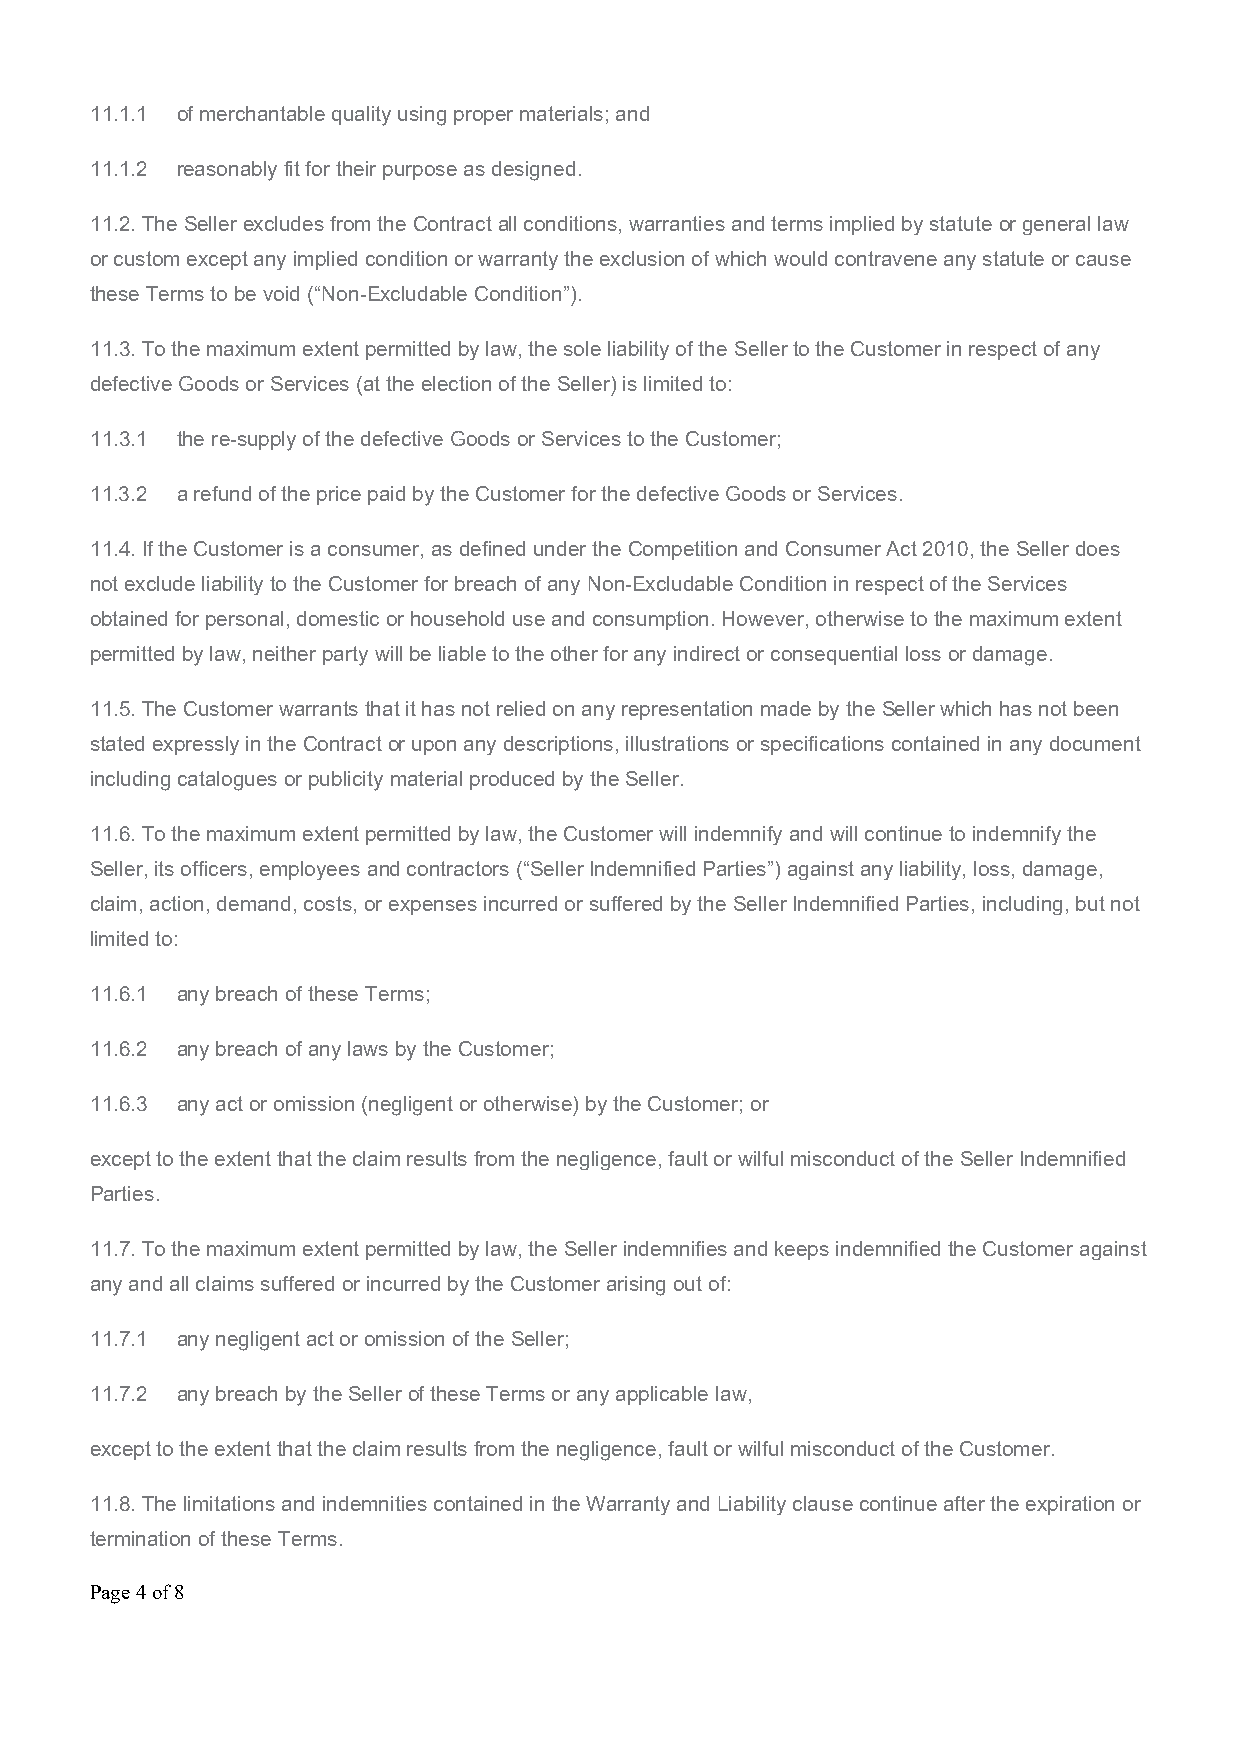
11.1.1 of merchantable quality using proper materials; and
 11.1.2 reasonably fit for their purpose as designed.
 11.2. The Seller excludes from the Contract all conditions, warranties and terms implied by statute or general law
 or custom except any implied condition or warranty the exclusion of which would contravene any statute or cause
 these Terms to be void (“Non-Excludable Condition”).
 11.3. To the maximum extent permitted by law, the sole liability of the Seller to the Customer in respect of any
 defective Goods or Services (at the election of the Seller) is limited to:
 11.3.1 the re-supply of the defective Goods or Services to the Customer;
 11.3.2 a refund of the price paid by the Customer for the defective Goods or Services.
 11.4. If the Customer is a consumer, as defined under the Competition and Consumer Act 2010, the Seller does
 not exclude liability to the Customer for breach of any Non-Excludable Condition in respect of the Services
 obtained for personal, domestic or household use and consumption. However, otherwise to the maximum extent
 permitted by law, neither party will be liable to the other for any indirect or consequential loss or damage.
 11.5. The Customer warrants that it has not relied on any representation made by the Seller which has not been
 stated expressly in the Contract or upon any descriptions, illustrations or specifications contained in any document
 including catalogues or publicity material produced by the Seller.
 11.6. To the maximum extent permitted by law, the Customer will indemnify and will continue to indemnify the
 Seller, its officers, employees and contractors (“Seller Indemnified Parties”) against any liability, loss, damage,
 claim, action, demand, costs, or expenses incurred or suffered by the Seller Indemnified Parties, including, but not
 limited to:
 11.6.1 any breach of these Terms;
 11.6.2 any breach of any laws by the Customer;
 11.6.3 any act or omission (negligent or otherwise) by the Customer; or
 except to the extent that the claim results from the negligence, fault or wilful misconduct of the Seller Indemnified
 Parties.
 11.7. To the maximum extent permitted by law, the Seller indemnifies and keeps indemnified the Customer against
 any and all claims suffered or incurred by the Customer arising out of:
 11.7.1 any negligent act or omission of the Seller;
 11.7.2 any breach by the Seller of these Terms or any applicable law,
 except to the extent that the claim results from the negligence, fault or wilful misconduct of the Customer.
 11.8. The limitations and indemnities contained in the Warranty and Liability clause continue after the expiration or
 termination of these Terms.
 Page 4 of 8